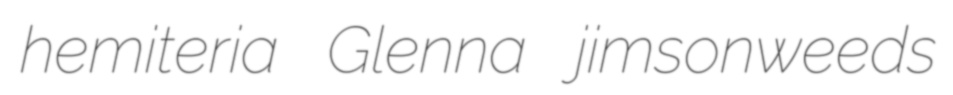
hemiteria Glenna jimsonweeds